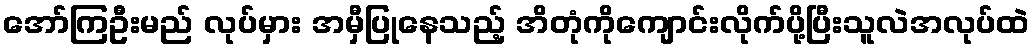
အော်ကြဦးမည် လုပ်မှား အမှီပြုနေသည့် အိတုံကိုကျောင်းလိုက်ပို့ပြီးသူလဲအလုပ်ထဲ